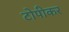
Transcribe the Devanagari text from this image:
टोपीकर